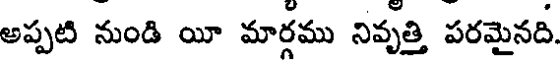
అప్పటి నుండి యీ మార్గము నివృత్తి పరమైనది.